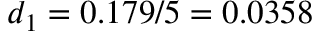
d _ { 1 } = 0 . 1 7 9 / 5 = 0 . 0 3 5 8